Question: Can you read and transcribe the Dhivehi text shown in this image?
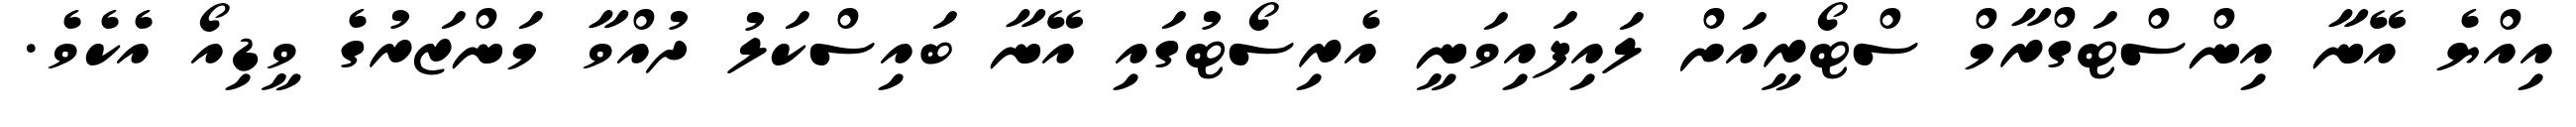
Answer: އިއްޔެ އޭނާ އިންސްޓަގްރާމް ސްޓޯރީއަށް ލައިފައިވަނީ އެރިސޯޓުގައި އޭނާ ބައިސްކަލު ދުއްވާ މަންޒަރުގެ ވީޑިއޯ އެކެވެ.